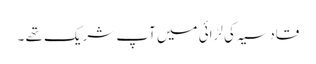
قادسیہ کی لڑائی میں آپ شریک تھے ۔